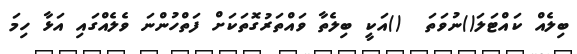
ބިލެއް ކައްޓަލަ()ނުވަތަ  ()އަކީ ބިލެތާ ވައްތަރުގޮތަކަށް ފަތްހުންނަ ވެލެއްގައި އަޅާ ހިމަ